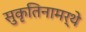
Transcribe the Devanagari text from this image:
सुकृतिनामर्थे